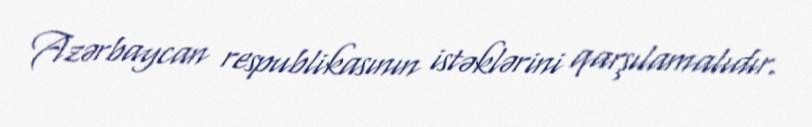
Azərbaycan respublikasının istəklərini qarşılamalıdır.